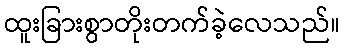
ထူးခြားစွာတိုးတက်ခဲ့လေသည်။